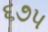
૬૭૫